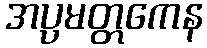
အပ္ပမတ္တကေန